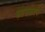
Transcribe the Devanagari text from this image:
सहनकरने